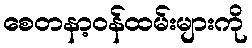
စေတနာ့ဝန်ထမ်းများကို